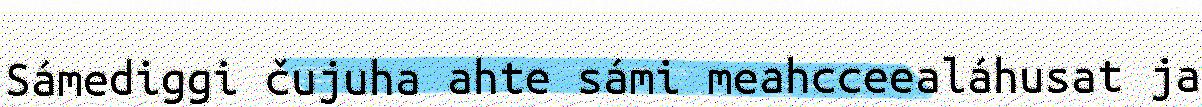
Sámediggi čujuha ahte sámi meahcceealáhusat ja